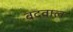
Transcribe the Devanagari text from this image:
बदवाल